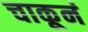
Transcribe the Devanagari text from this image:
चाकूनं